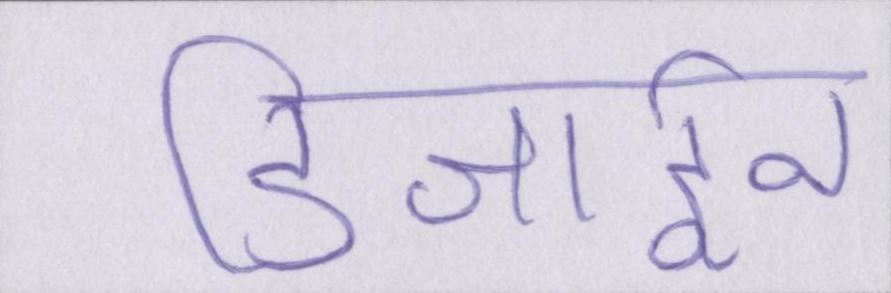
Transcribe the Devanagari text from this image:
डिजाईन